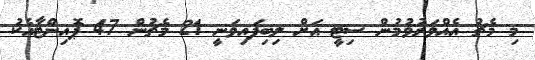
މި މެޗު އެއްވަރުވުމުން ސިޓީ އަށް ލިބިފައިވަނީ 21 މެޗުން 47 ޕޮއިންޓާއެކު